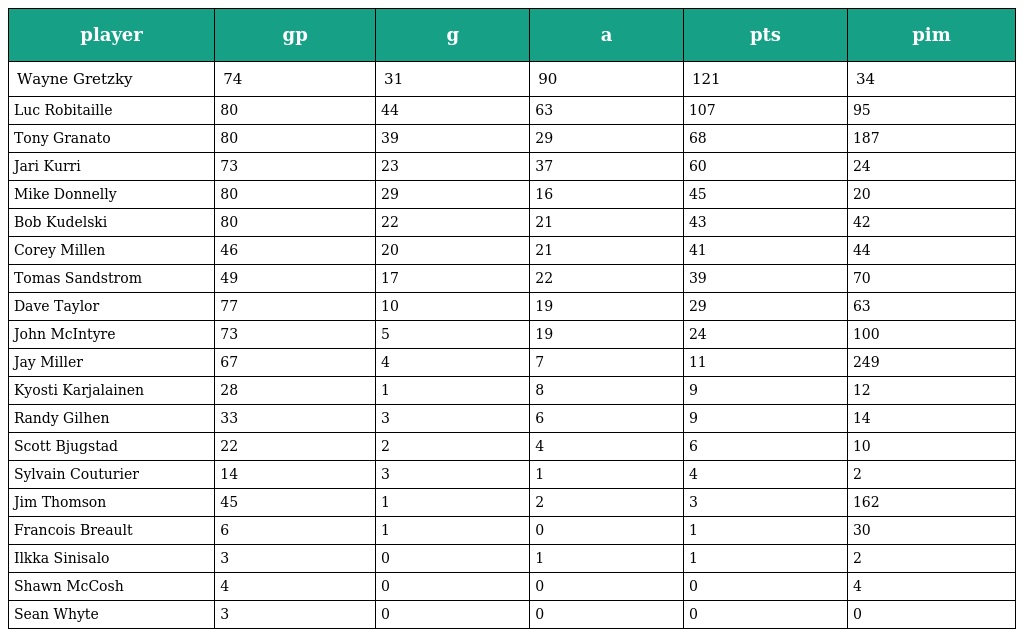
| player | gp | g | a | pts | pim |
 | --- | --- | --- | --- | --- | --- |
 | Wayne Gretzky | 74 | 31 | 90 | 121 | 34 |
 | Luc Robitaille | 80 | 44 | 63 | 107 | 95 |
 | Tony Granato | 80 | 39 | 29 | 68 | 187 |
 | Jari Kurri | 73 | 23 | 37 | 60 | 24 |
 | Mike Donnelly | 80 | 29 | 16 | 45 | 20 |
 | Bob Kudelski | 80 | 22 | 21 | 43 | 42 |
 | Corey Millen | 46 | 20 | 21 | 41 | 44 |
 | Tomas Sandstrom | 49 | 17 | 22 | 39 | 70 |
 | Dave Taylor | 77 | 10 | 19 | 29 | 63 |
 | John McIntyre | 73 | 5 | 19 | 24 | 100 |
 | Jay Miller | 67 | 4 | 7 | 11 | 249 |
 | Kyosti Karjalainen | 28 | 1 | 8 | 9 | 12 |
 | Randy Gilhen | 33 | 3 | 6 | 9 | 14 |
 | Scott Bjugstad | 22 | 2 | 4 | 6 | 10 |
 | Sylvain Couturier | 14 | 3 | 1 | 4 | 2 |
 | Jim Thomson | 45 | 1 | 2 | 3 | 162 |
 | Francois Breault | 6 | 1 | 0 | 1 | 30 |
 | Ilkka Sinisalo | 3 | 0 | 1 | 1 | 2 |
 | Shawn McCosh | 4 | 0 | 0 | 0 | 4 |
 | Sean Whyte | 3 | 0 | 0 | 0 | 0 |